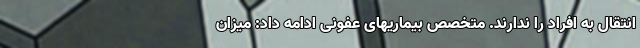
انتقال به افراد را ندارند. متخصص بیماریهای عفونی ادامه داد: میزان